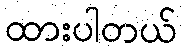
ထားပါတယ်